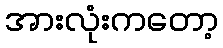
အားလုံးကတော့